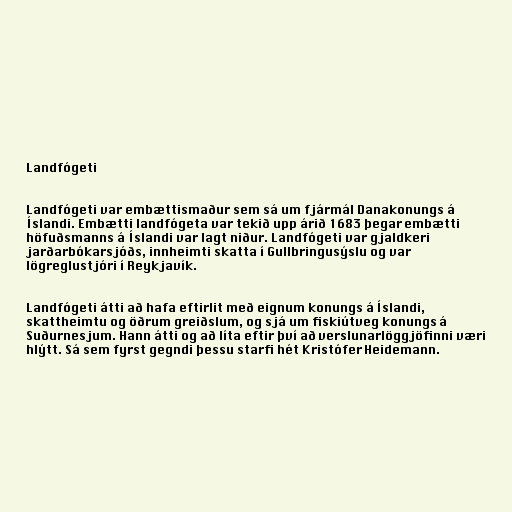
Landfógeti

Landfógeti var embættismaður sem sá um fjármál Danakonungs á
Íslandi. Embætti landfógeta var tekið upp árið 1683 þegar embætti
höfuðsmanns á Íslandi var lagt niður. Landfógeti var gjaldkeri
jarðarbókarsjóðs, innheimti skatta í Gullbringusýslu og var
lögreglustjóri í Reykjavík.

Landfógeti átti að hafa eftirlit með eignum konungs á Íslandi,
skattheimtu og öðrum greiðslum, og sjá um fiskiútveg konungs á
Suðurnesjum. Hann átti og að líta eftir því að verslunarlöggjöfinni væri
hlýtt. Sá sem fyrst gegndi þessu starfi hét Kristófer Heidemann.